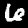
Digit: 6